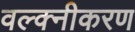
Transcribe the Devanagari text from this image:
वल्क्नीकरण